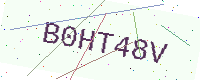
Text: B0HT48V